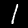
Label: 1